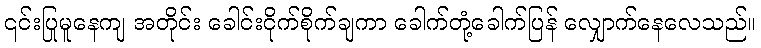
၎င်းပြုမူနေကျ အတိုင်း ခေါင်းငိုက်စိုက်ချကာ ခေါက်တုံ့ခေါက်ပြန် လျှောက်နေလေသည်။